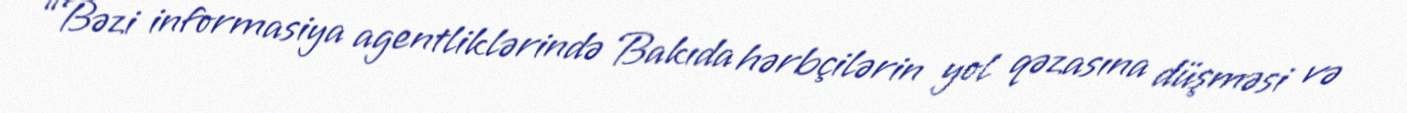
“Bəzi informasiya agentliklərində Bakıda hərbçilərin yol qəzasına düşməsi və